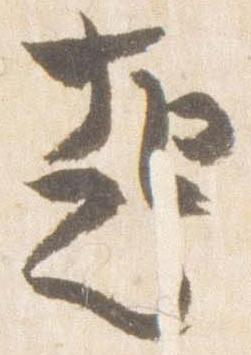
起